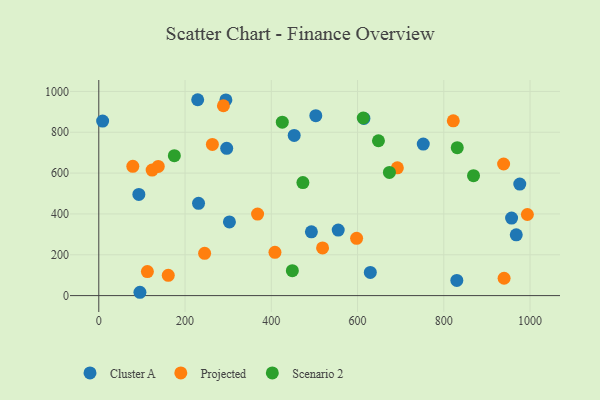
{"axis": {"x": "Ad Spend", "y": "Fuel Efficiency"}, "legend": ["Cluster A", "Projected", "Scenario 2"], "data": [{"x": "231.3", "y": 451.7, "type": "Cluster A"}, {"x": "968.0", "y": 297.6, "type": "Cluster A"}, {"x": "95.4", "y": 16.3, "type": "Cluster A"}, {"x": "830.2", "y": 74.2, "type": "Cluster A"}, {"x": "629.6", "y": 113.3, "type": "Cluster A"}, {"x": "503.2", "y": 881.1, "type": "Cluster A"}, {"x": "752.4", "y": 742.3, "type": "Cluster A"}, {"x": "555.2", "y": 320.9, "type": "Cluster A"}, {"x": "453.1", "y": 784.4, "type": "Cluster A"}, {"x": "294.7", "y": 958.5, "type": "Cluster A"}, {"x": "614.8", "y": 867.8, "type": "Cluster A"}, {"x": "8.9", "y": 854.5, "type": "Cluster A"}, {"x": "957.2", "y": 379.8, "type": "Cluster A"}, {"x": "92.9", "y": 495.6, "type": "Cluster A"}, {"x": "302.9", "y": 360.7, "type": "Cluster A"}, {"x": "296.6", "y": 721.5, "type": "Cluster A"}, {"x": "229.3", "y": 959.3, "type": "Cluster A"}, {"x": "976.2", "y": 546.0, "type": "Cluster A"}, {"x": "493.0", "y": 312.3, "type": "Cluster A"}, {"x": "518.9", "y": 233.7, "type": "Projected"}, {"x": "822.0", "y": 855.9, "type": "Projected"}, {"x": "112.7", "y": 117.5, "type": "Projected"}, {"x": "692.3", "y": 625.6, "type": "Projected"}, {"x": "597.8", "y": 280.6, "type": "Projected"}, {"x": "938.7", "y": 644.5, "type": "Projected"}, {"x": "123.7", "y": 614.7, "type": "Projected"}, {"x": "263.4", "y": 740.6, "type": "Projected"}, {"x": "78.9", "y": 632.9, "type": "Projected"}, {"x": "939.8", "y": 85.1, "type": "Projected"}, {"x": "289.0", "y": 929.8, "type": "Projected"}, {"x": "408.5", "y": 211.9, "type": "Projected"}, {"x": "993.8", "y": 397.1, "type": "Projected"}, {"x": "161.1", "y": 99.1, "type": "Projected"}, {"x": "368.2", "y": 399.3, "type": "Projected"}, {"x": "245.4", "y": 207.2, "type": "Projected"}, {"x": "137.9", "y": 632.5, "type": "Projected"}, {"x": "425.5", "y": 849.2, "type": "Scenario 2"}, {"x": "448.8", "y": 122.0, "type": "Scenario 2"}, {"x": "868.9", "y": 587.3, "type": "Scenario 2"}, {"x": "648.5", "y": 758.4, "type": "Scenario 2"}, {"x": "175.2", "y": 685.3, "type": "Scenario 2"}, {"x": "613.3", "y": 869.8, "type": "Scenario 2"}, {"x": "473.3", "y": 553.7, "type": "Scenario 2"}, {"x": "673.9", "y": 603.5, "type": "Scenario 2"}, {"x": "831.2", "y": 724.7, "type": "Scenario 2"}]}